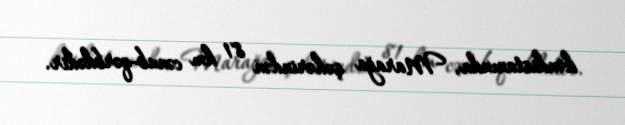
kəndistanında, Marağa şəhərindən 81 km cənub-qərbdədir.